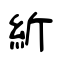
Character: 紤